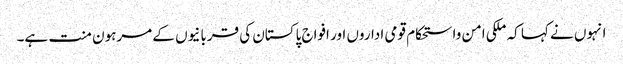
انہوں نے کہا کہ ملکی امن واستحکام قومی اداروں اور افواج پاکستان کی قربانیوں کے مرہون منت ہے۔